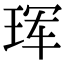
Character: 珲